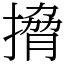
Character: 搚